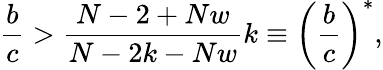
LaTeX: \frac{b}{c}>\frac{N-2+Nw}{N-2k-Nw}k\equiv\left(\frac{b}{c}\right)^{*},